Newspaper: Northern tribune. [volume]
Place of publication: Cheboygan, Mich.
Publisher: W. Chandler
Date: 1875-10-16 00:00:00
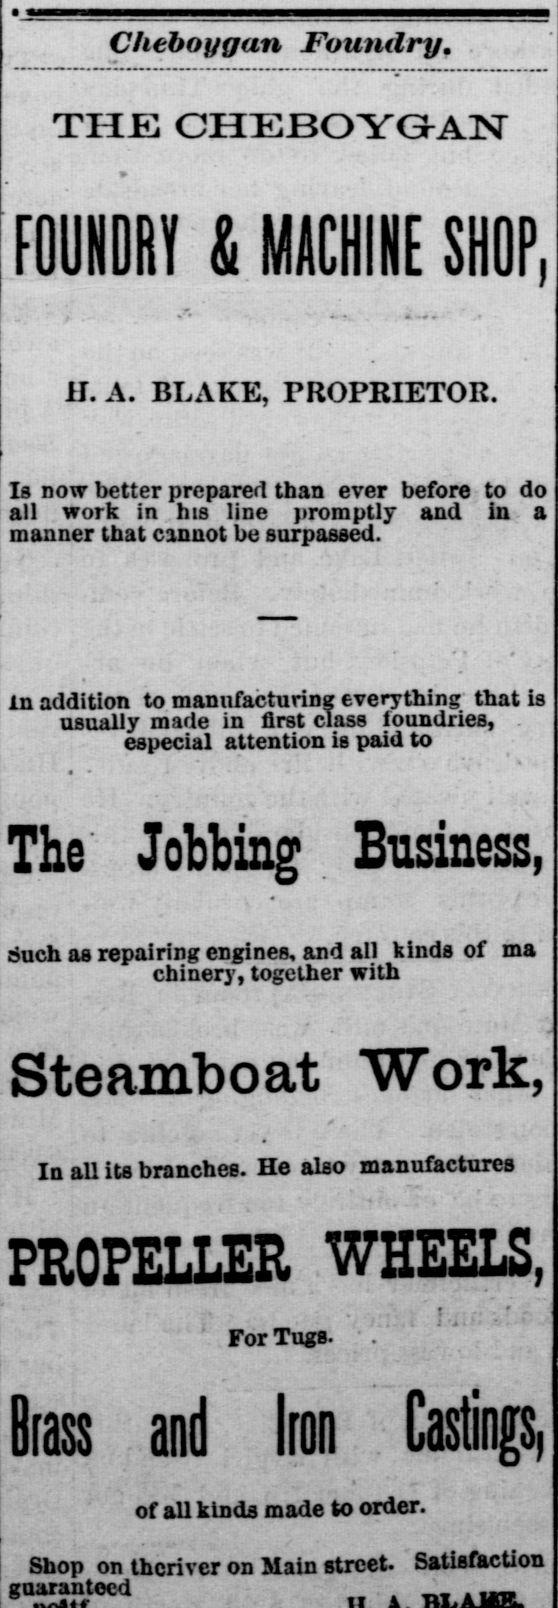
Advertisement text (OCR):
Cheboygan Foundry, THE CHEBOYGAN FOUNDRY & MACHtHE SHOP, II. A. BLAKE, PROPRIETOR. Is now better prepared than ever before to do all work in his line promptly and in a manner that cannot oe surpassed. in addition to manufacturing everything that is usually made in first class lounaries, . especial attention is paid to The'- Jobbing . Business, Such as repairing engines, and all kinds of ma cmnery, luguuier wiui Steamboat "Work, In all its branches. He also manufactures PROPELLER WHEELS, ' For Tugs. Brass and Iran Castings; of all kinds made to order. Shop on thcriver on Main street. Satisfaction guaranteed ...
Label: text-only